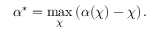
\alpha ^ { * } = \operatorname* { m a x } _ { \chi } \left( \alpha ( \chi ) - \chi \right) .